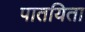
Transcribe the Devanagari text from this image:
पातयिता